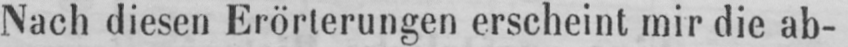
Nach diesen Erörterungen erscheint mir die ab-